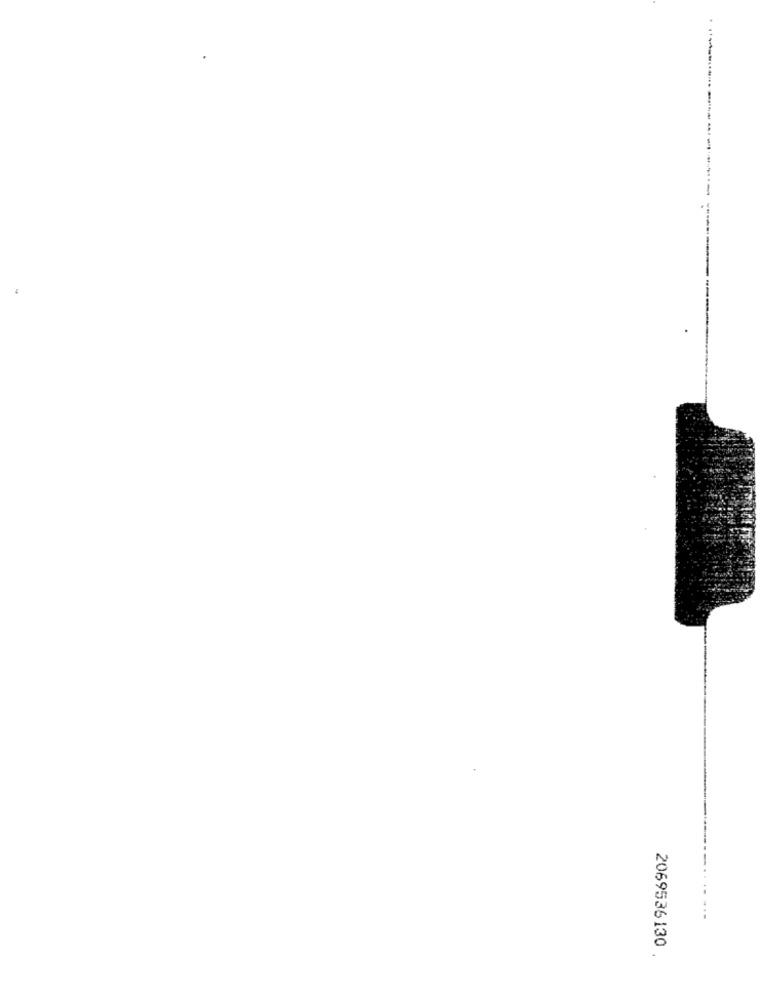
--.... ...
2069536130